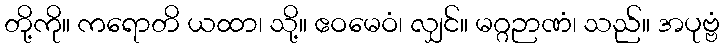
တို့ကို။ ကရောတိ ယထာ၊ သို့။ ဧဝမေဝံ၊ လျှင်။ မဂ္ဂဉာဏံ၊ သည်။ အပုဗ္ဗံ